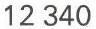
12 340